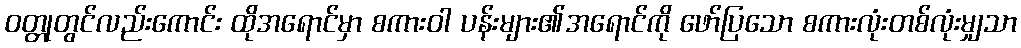
ဝတ္တုတွင်လည်းကောင်း ထိုအရောင်မှာ စကားဝါ ပန်းများ၏အရောင်ကို ဖော်ပြသော စကားလုံးတစ်လုံးမျှသာ